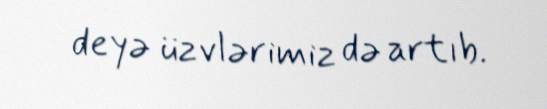
deyə üzvlərimiz də artıb.